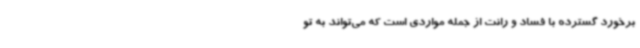
برخورد گسترده با فساد و رانت از جمله مواردی است که می‌تواند به تو